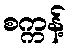
စက္ကန့်